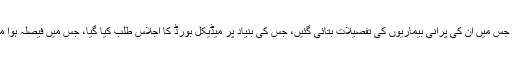
نواز شریف کے معالج کی جانب سے خط لکھا گیا، جس میں ان کی پرانی بیماریوں کی تفصیلات بتائی گئیں، جس کی بنیاد پر میڈیکل بورڈ کا اجلاس طلب کیا گیا، جس میں فیصلہ ہوا میڈیکل رپورٹ نامکمل ہے اور کوئی نئی بات نہیں۔